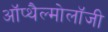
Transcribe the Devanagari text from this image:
ऑप्थैल्मोलॉजी